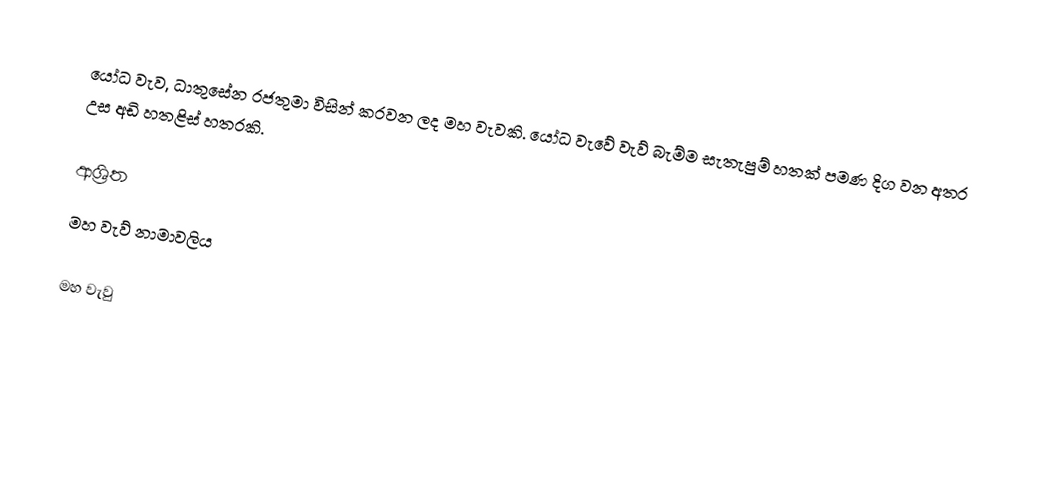
යෝධ වැව, ධාතුසේන රජතුමා විසින් කරවන ලද මහ වැවකි. යෝධ වැවේ වැව් බැම්ම සැතැපුම් හතක් පමණ දිග වන අතර උස අඩි හතළිස් හතරකි.

ආශ්‍රිත
 මහ වැව් නාමාවලිය

මහ වැවු